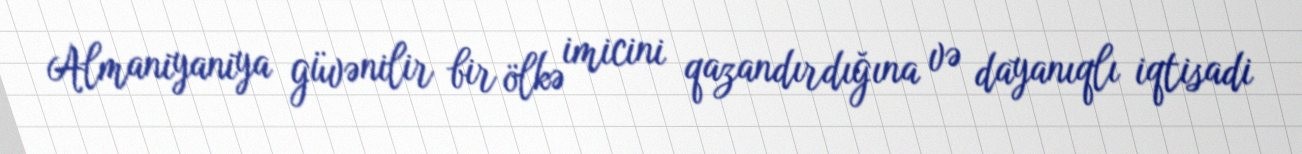
Almaniyaniya güvənilir bir ölkə imicini qazandırdığına və dayanıqlı iqtisadi